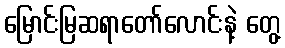
မြောင်းမြဆရာတော်လောင်းနဲ့ တွေ့